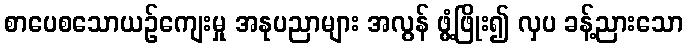
စာပေစသောယဉ်ကျေးမှု အနုပညာများ အလွန် ဖွံ့ဖြိုး၍ လှပ ခန့်ညားသော